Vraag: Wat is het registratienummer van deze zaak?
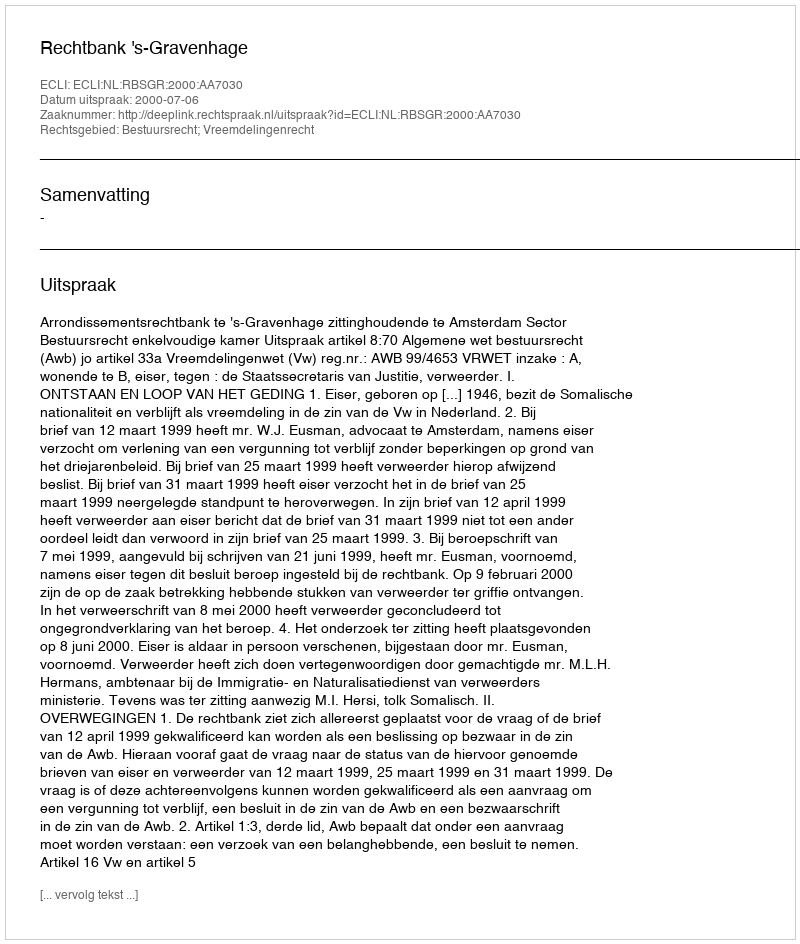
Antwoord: http://deeplink.rechtspraak.nl/uitspraak?id=ECLI:NL:RBSGR:2000:AA7030